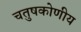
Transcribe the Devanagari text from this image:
चतुषकोणीय